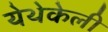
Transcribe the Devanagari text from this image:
येथेकेली